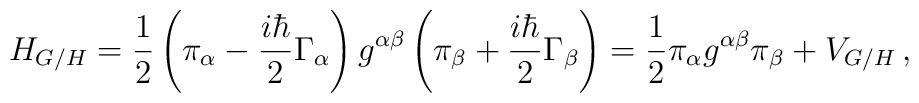
H_{G/H}=\frac{1}{2}\left( \pi_{\alpha}-\frac{i\hbar}{2}\Gamma_{\alpha} \right)g^{\alpha\beta}\left( \pi_{\beta}+\frac{i\hbar}{2}\Gamma_{\beta} \right)=\frac{1}{2}\pi_{\alpha} g^{\alpha\beta} \pi_{\beta}+V_{G/H}\,,